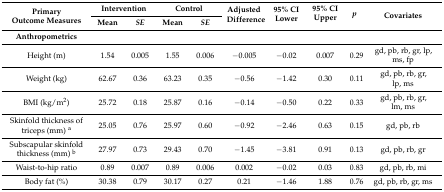
| <ROWSPAN=2> Primary Outcome Measures | <COLSPAN=2> Intervention | <COLSPAN=2> Control | <ROWSPAN=2> Adjusted Difference | <ROWSPAN=2> 95% CI Lower | <ROWSPAN=2> 95% CI Upper | <ROWSPAN=2> p | <ROWSPAN=2> Covariates |
 | Mean | SE | Mean | SE |
 | Anthropometrics |  |  |  |  |  |  |  |  |  |
 | --- | --- | --- | --- | --- | --- | --- | --- | --- | --- |
 | Height (m) | 1.54 | 0.005 | 1.55 | 0.006 | −0.005 | −0.02 | 0.007 | 0.29 | gd, pb, rb, gr, lp, ms, fp |
 | Weight (kg) | 62.67 | 0.36 | 63.23 | 0.35 | −0.56 | −1.42 | 0.30 | 0.11 | gd, pb, rb, gr, lp, ms |
 | BMI (kg/m2) | 25.72 | 0.18 | 25.87 | 0.16 | −0.14 | −0.50 | 0.22 | 0.33 | gd, pb, rb, gr, lm, ms |
 | Skinfold thickness of triceps (mm) a | 25.05 | 0.76 | 25.97 | 0.60 | −0.92 | −2.46 | 0.63 | 0.15 | gd, pb, rb |
 | Subscapular skinfold thickness (mm) b | 27.97 | 0.73 | 29.43 | 0.70 | −1.45 | −3.81 | 0.91 | 0.13 | gd, pb, rb, gr |
 | Waist-to-hip ratio | 0.89 | 0.007 | 0.89 | 0.006 | 0.002 | −0.02 | 0.03 | 0.83 | gd, pb, rb, mi |
 | Body fat (%) | 30.38 | 0.79 | 30.17 | 0.27 | 0.21 | −1.46 | 1.88 | 0.76 | gd, pb, rb, gr, ms |